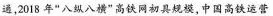
通，2018年”八纵八横'高铁网初具规模，中国高铁运管